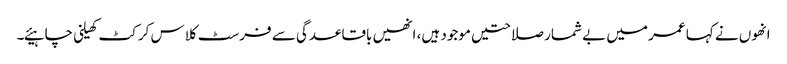
انھوں نے کہا عمر میں بے شمار صلاحتیں موجود ہیں، انھیں باقاعدگی سے فرسٹ کلاس کرکٹ کھیلنی چاہیئے۔